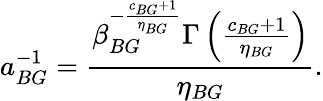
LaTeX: a_{BG}^{-1}=\frac{\beta_{BG}^{-\frac{c_{BG}+1}{\eta_{BG}}}\Gamma\left(\frac{c_{BG}+1}{\eta_{BG}}\right)}{\eta_{BG}}.